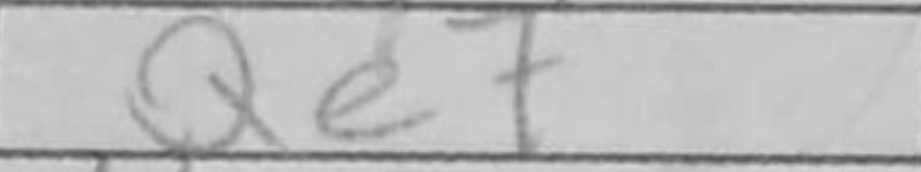
Transcription: Qe7